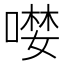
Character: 𠼖